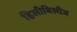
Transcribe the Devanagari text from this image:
हिलीबिलीज